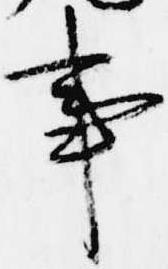
事